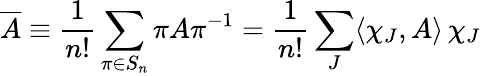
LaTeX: \overline{{A}}\equiv\frac{1}{n!}\sum_{\pi\in S_{n}}\pi A\pi^{-1}=\frac{1}{n!}\sum_{J}\langle\chi_{J},A\rangle\, \chi_{J}